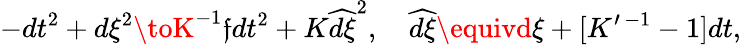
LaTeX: -dt^{2}+d\xi^{2}\toK^{-1}\mathfrak{f}dt^{2}+K\widehat{{d\xi}}^{2},\ \ \ \ \widehat{{d\xi}}\equivd\xi+[K^{\prime\, -1}-1]dt,